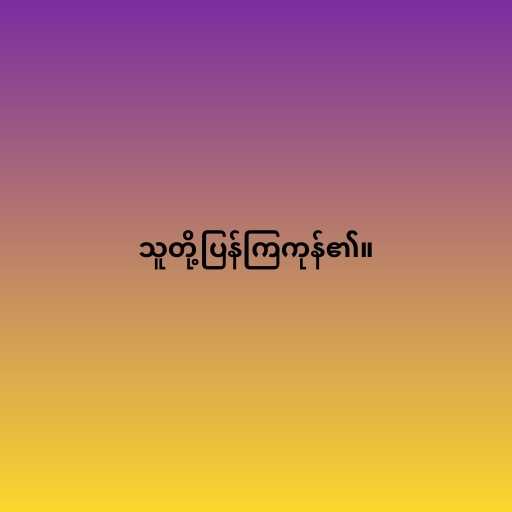
သူတို့ပြန်ကြကုန်၏။